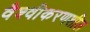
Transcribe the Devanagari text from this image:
वैश्वीकरणशील